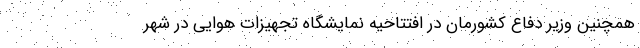
همچنین وزیر دفاع کشورمان در افتتاحیه نمایشگاه تجهیزات هوایی در شهر